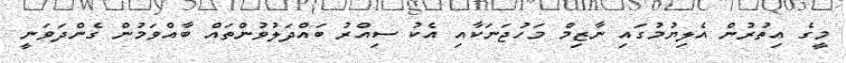
މީގެ އިތުރުން އެލިޔުމުގައި ނާޒިމް މަހުޖަނަކާއި އެކު ސިއްރު ބައްދަލުވުންތައް ބާއްވަމުން ގެންދަވަނީ